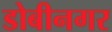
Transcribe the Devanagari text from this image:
डोबीनगर